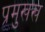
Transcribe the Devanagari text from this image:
प्रमुखख